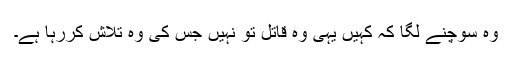
وہ سوچنے لگا کہ کہیں یہی وہ قاتل تو نہیں جس کی وہ تلاش کررہا ہے۔